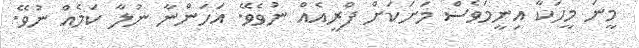
މީނަ މީހަކާ އިނީމަވެސް މަށަކަށް ފްރީއެއް ނުވެވޭ. އަހަންނާ ނުލާ ކަމެއް ނުވޭ.